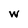
Character: w